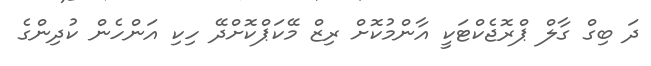
ދަ ބިގް ގާލް ޕްރޮޖެކްޓަކީ އާންމުކޮށް ރިޒް މޭކަޕްކޮށްދޭ ހިކި އަންހެން ކުދިންގެ